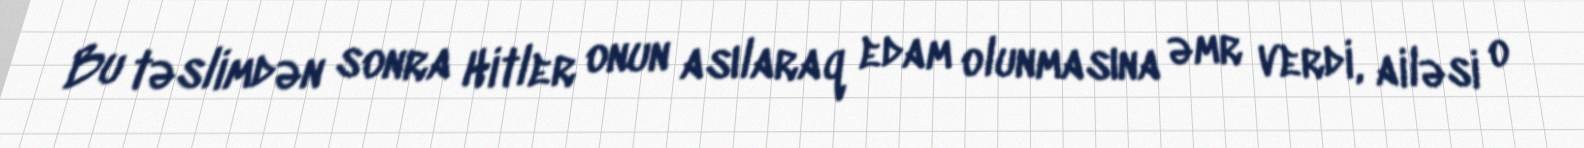
Bu təslimdən sonra Hitler onun asılaraq edam olunmasına əmr verdi, ailəsi o